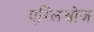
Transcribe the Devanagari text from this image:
एग्लिओज